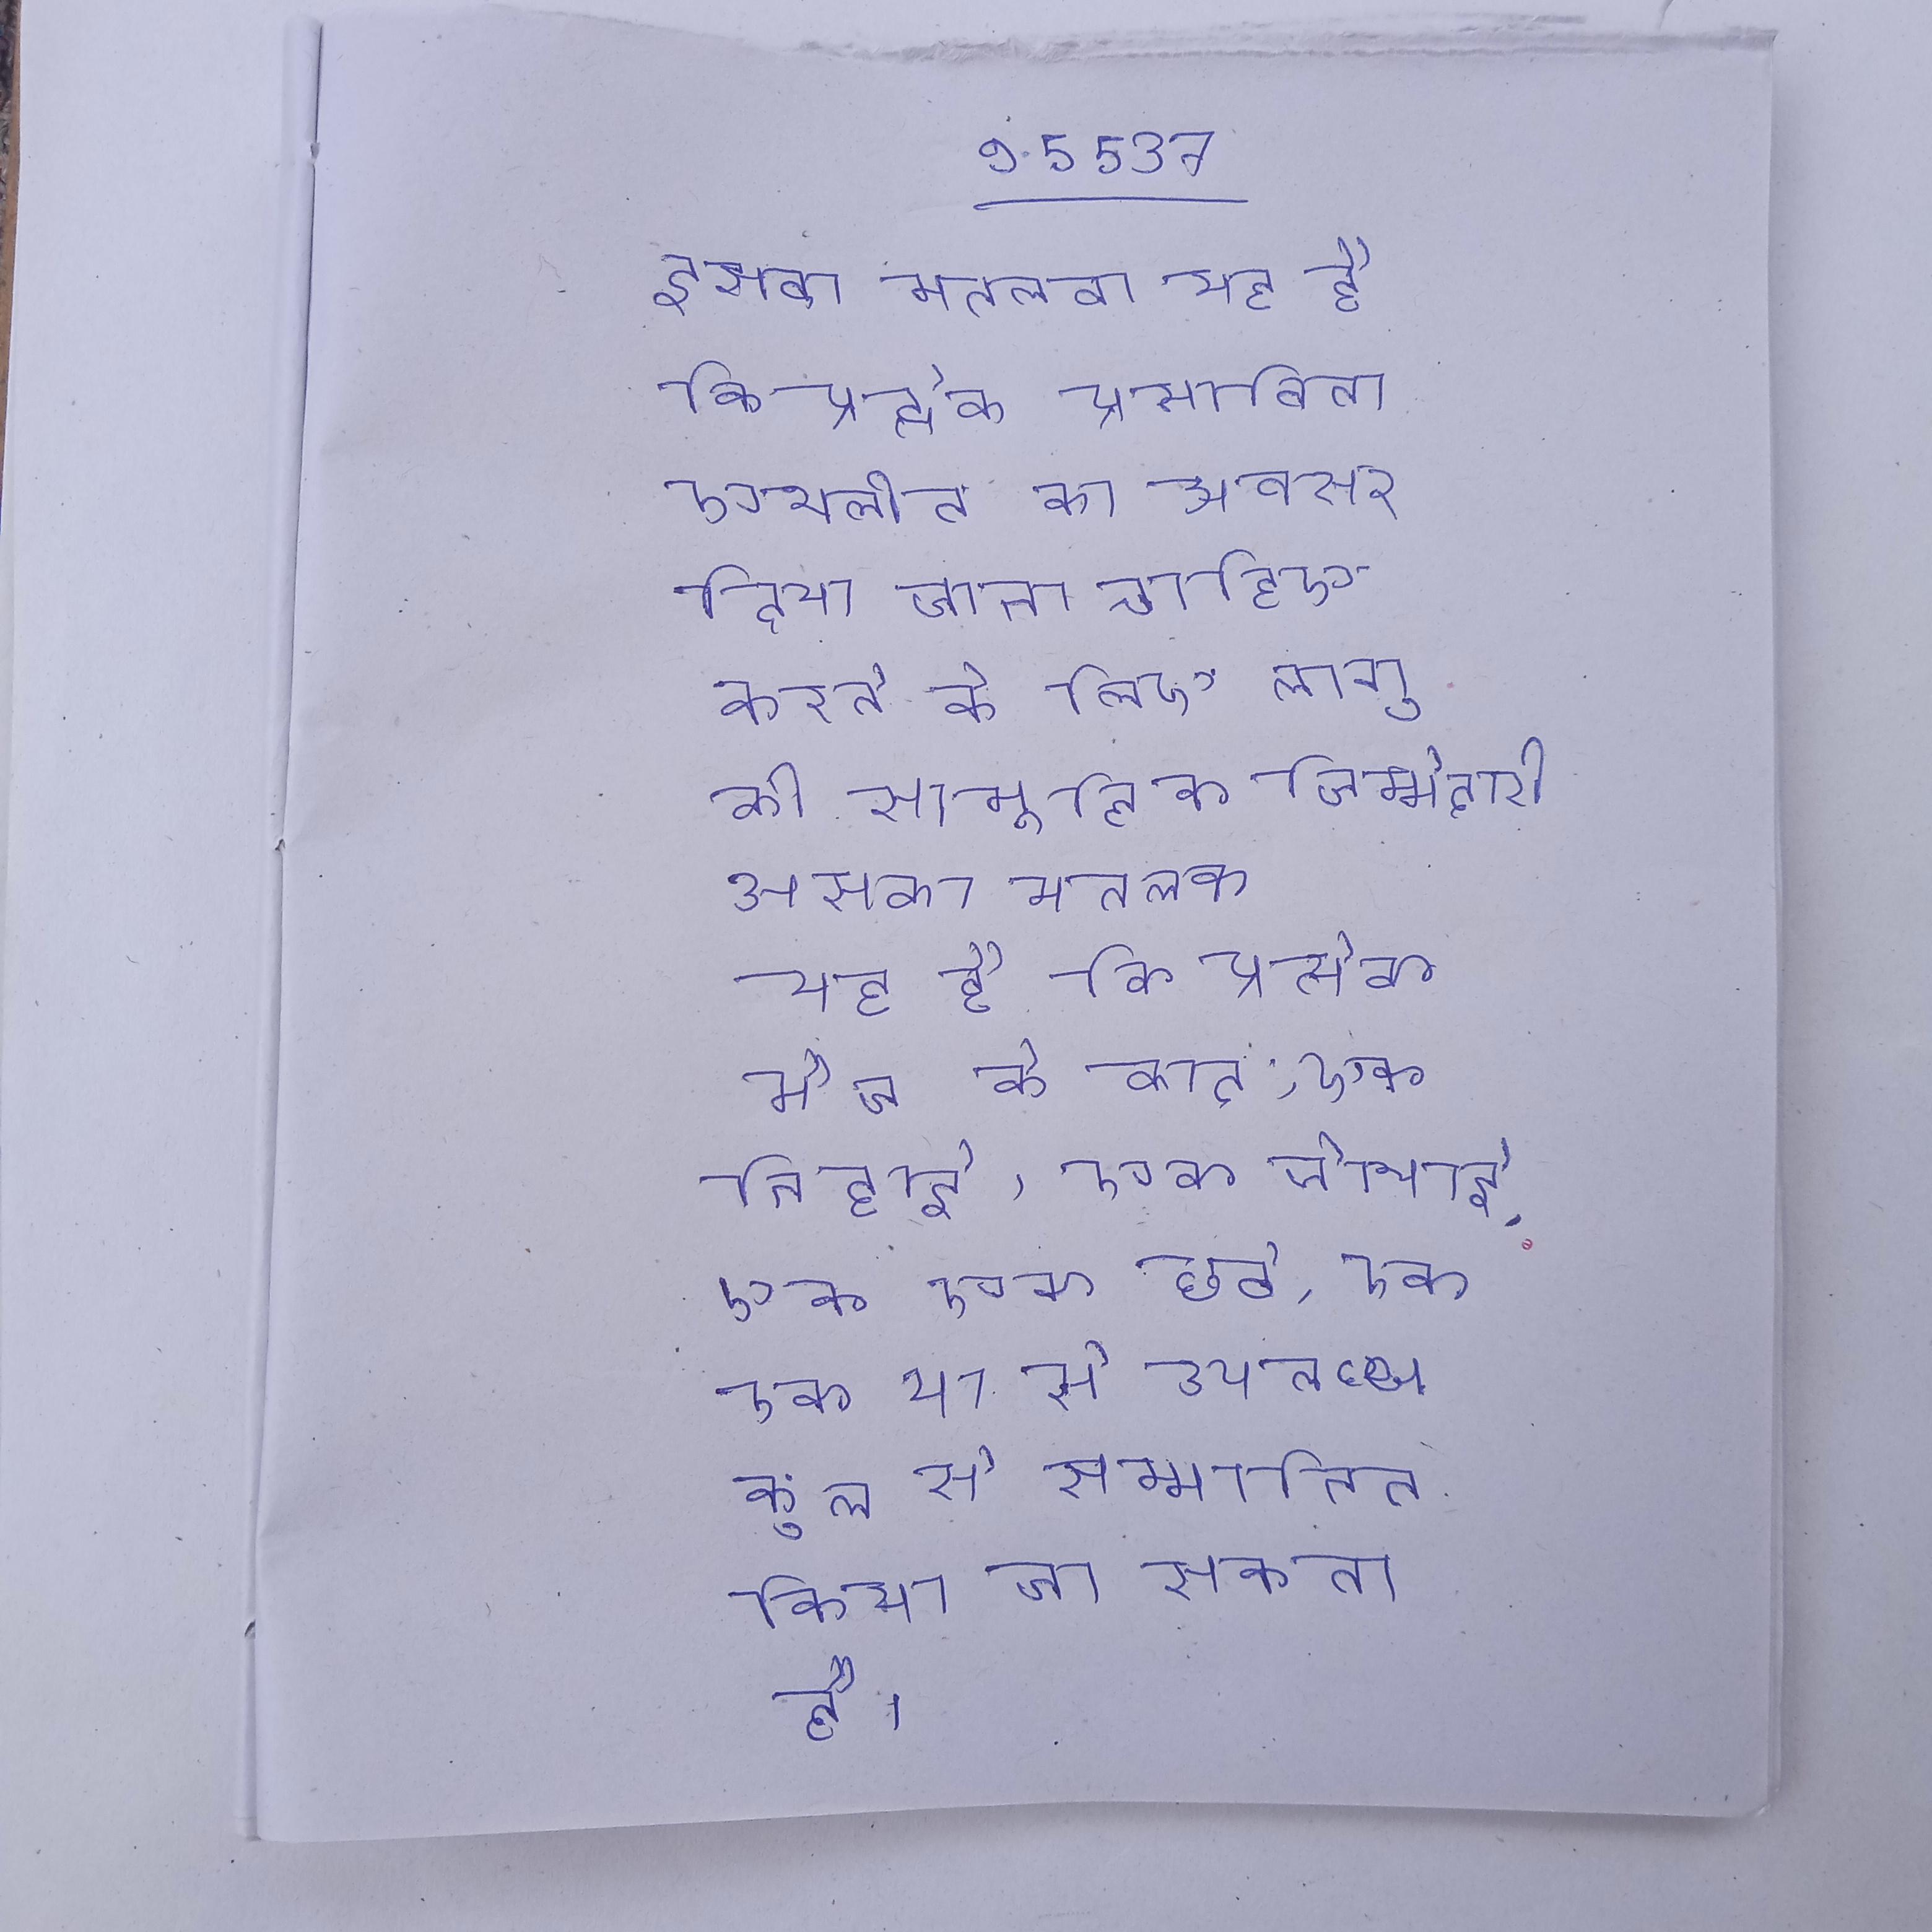
इसका मतलब यह है कि प्रत्येक प्रभावित एथलीट का अवसर दिया जाना चाहिए करने के लिए लागू की सामूहिक जिम्मेदारी अपने या अपने व्यक्तिगत मामला है । इसका मतलब यह है कि प्रत्येक मैच के बाद, एक पक्ष को आधा, एक तिहाई, एक चौथाई, एक एक छठे, एक एक या से उपलब्ध कुल से सम्मानित किया जा सकता है ।